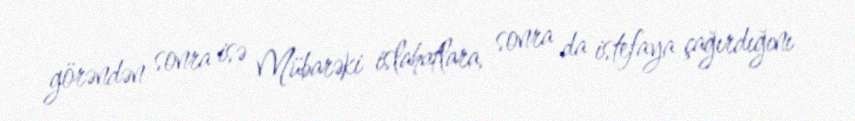
görəndən sonra isə Mübarəki islahatlara, sonra da istefaya çağırdığını